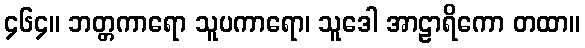
၄၆၄။ ဘတ္တကာရော သူပကာရော၊ သူဒေါ အာဠာရိကော တထာ။